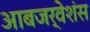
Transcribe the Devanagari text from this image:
आबजर्वेशंस